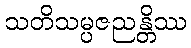
သတိသမ္ပဇညန္တိဿ